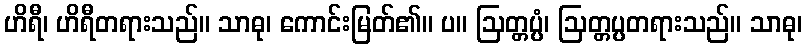
ဟိရီ၊ ဟိရီတရားသည်။ သာဓု၊ ကောင်းမြတ်၏။ ပ။ ဩတ္တပ္ပံ၊ ဩတ္တပ္ပတရားသည်။ သာဓု၊